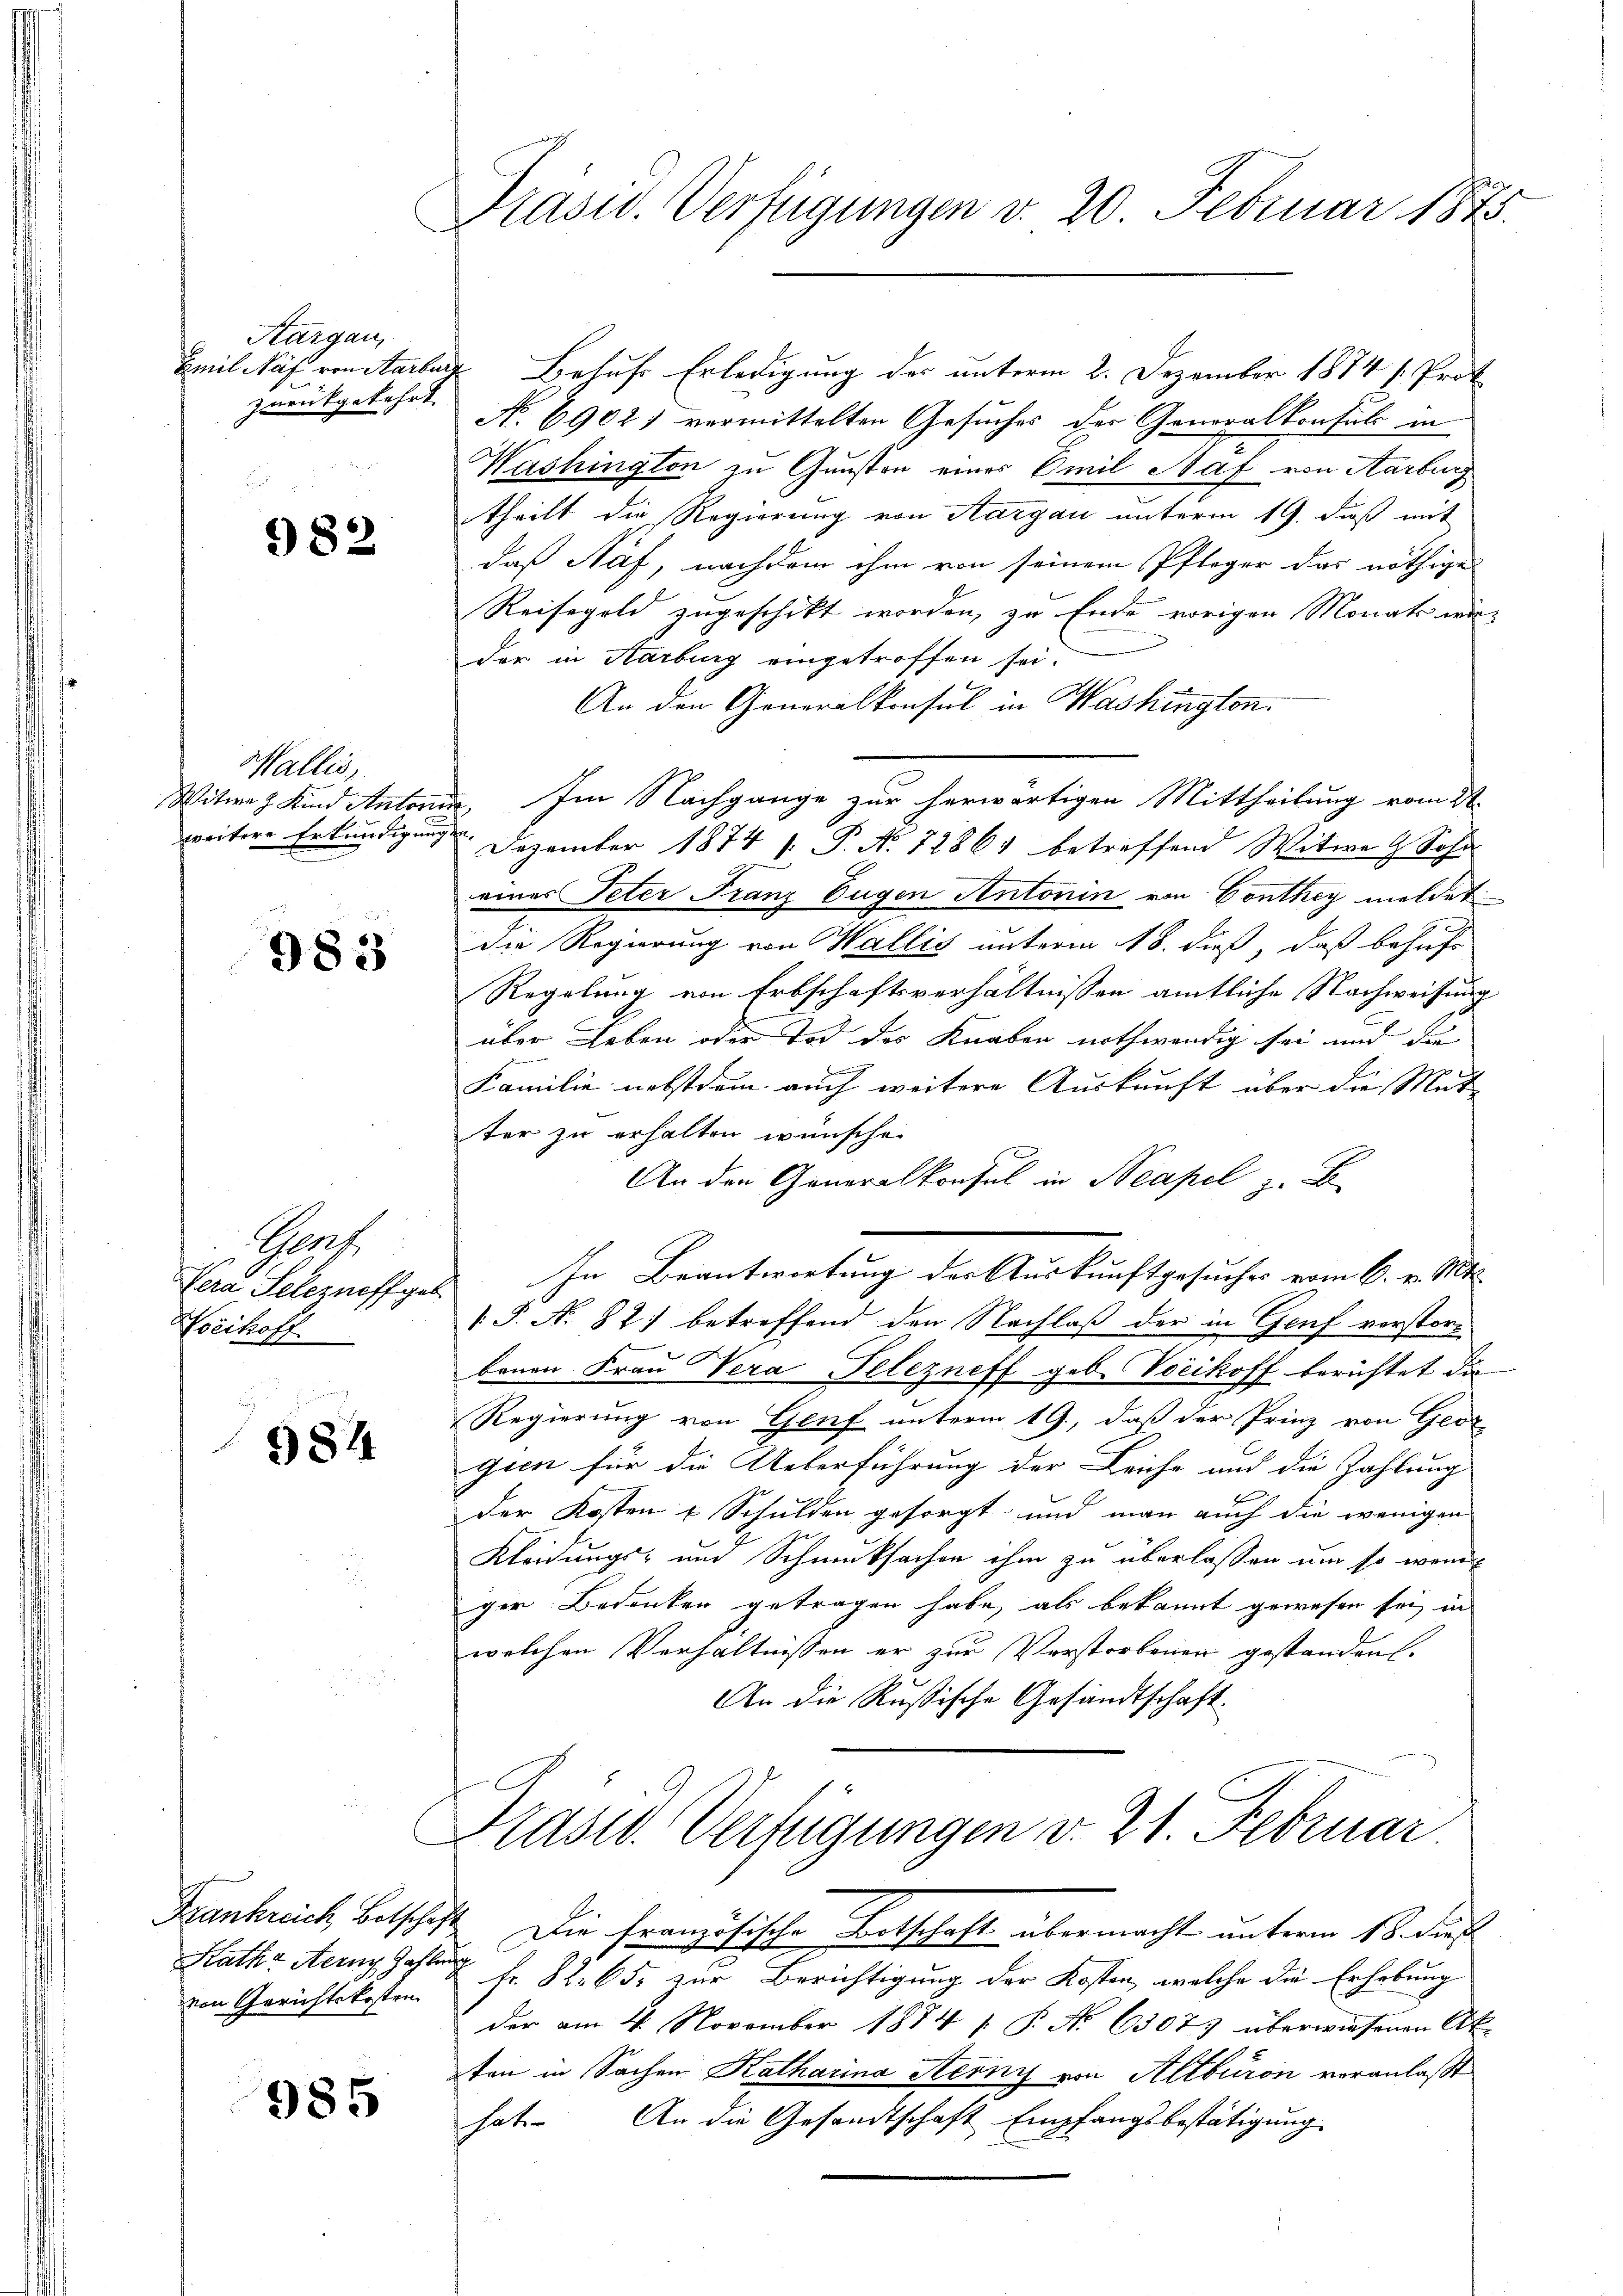
Aargau,
zurückgekehrt

982

Wallis,

983

Porf.
Hoeihoff

984

Rathe Mein Zahlung

985

Emil Näf von Aarburg Behufs Erledigung des unterm 2. Dezember 1874 s. Prot
No. 6902) vermittelten Gesuches der Generalkonsuls in
Washington zu Gunsten einer Omil Naf von Aarburg
theilt die Regierung von Aargau unterm 19. daß mit
daß Naf, nachdem ihm von seinem Pfleger das nöthige
Reisegeld zugeschikt worden, zu Ende vorigen Monats wä-
der in Karburg eingetroffen sei.
An den Generalkonsul in Washington.
Witwe Kind Antorien. Im Nachgange zur herwärtigen Mittheilung vom 21.
weitere Erkundigung. Dezember 1874  P. No 12861 betreffend Witwe G Sohn
eines Peter Franz Eugen Antonin von Conthey meldet
die Regierung von Wallis unterm 18. dieß, daß behufs
Regelung von Erbschaftsverhältnissen amtliche Nachweisung
über Leben oder Tod des Knaben nothwendig sei und di
Familie nebstdem auch weitere Auskunft über die Mut-
ter zu erhalten wünsche.
An den Generalkonsul in Neapel z. B.
Sera Seleznoffgel. In Beantwortung der Auskunftgesuches vom 6. v. Mts.
 P. Nr. 82 betreffend den Nachlaß der in Genf verstorbenen Frau Vera Pelezneff geb. Vocikoff berichtet die
Regierung von Genf unterm 19., daß der Prinz von Geor
gien für die Ueberführung der Leiche und die Zahlung
der Kosten u Schulden gesorgt und man auch die wenigen
Kleidungs- und Schmucksachen ihm zu überlassen um so weni
ger Bedenken getragen habe, als bekannt gewesen sei, in
welchen Verhältnissen er zur Verstorbenen gestanden.
An die Rußische Gesandtschaft.
Präsid. Verfügungen v. 21. Februar
Frankreich, Betschaft. Die französische Botschaft übermacht unterm 18. decl
von Gerichtskosten fr. 82. 65. zur Berichtigung der Kosten, welche die Erhebung
der am 4. November 1874 s. P. No 63075 überwiesenen Ak-
ten in Sachen Katharina Serny von Altburon voranlaßt
hat. An die Gesandtschaft Empfangsbestätigung

Präsid. Verfügungen d. 20. Februar 1873.